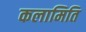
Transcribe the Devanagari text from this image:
कलामिति